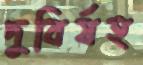
দুবির্ষহ